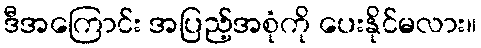
ဒီအကြောင်း အပြည့်အစုံကို ပေးနိုင်မလား။